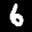
Label: 6